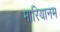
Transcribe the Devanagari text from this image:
मारियानम